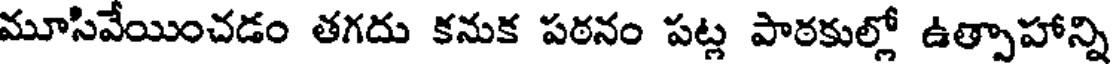
మూసివేయించడం తగదు కనుక పఠనం పట్ల పాఠకుల్లో ఉత్పాహాన్ని